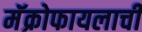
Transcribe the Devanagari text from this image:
मॅक्रोफायलाची